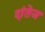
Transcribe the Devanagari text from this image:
दांतेज